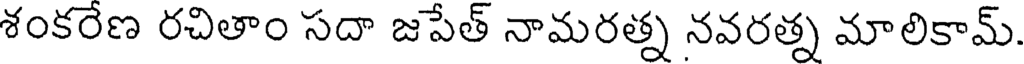
శంకరేణ రచితాం సదా జపేత్ నామరత్న నవరత్న మాలికామ్.